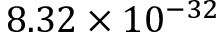
8 . 3 2 \times 1 0 ^ { - 3 2 }